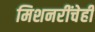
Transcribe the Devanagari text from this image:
मिशनरींचेही